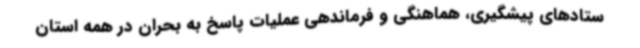
ستادهای پیشگیری، هماهنگی و فرماندهی عملیات پاسخ به بحران در همه استان